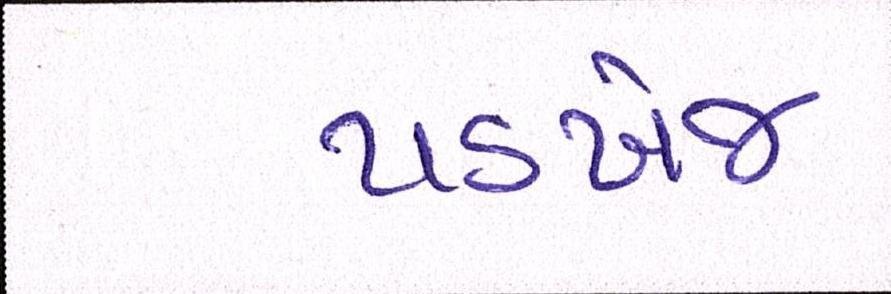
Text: પડખેજ